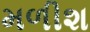
મળીશ